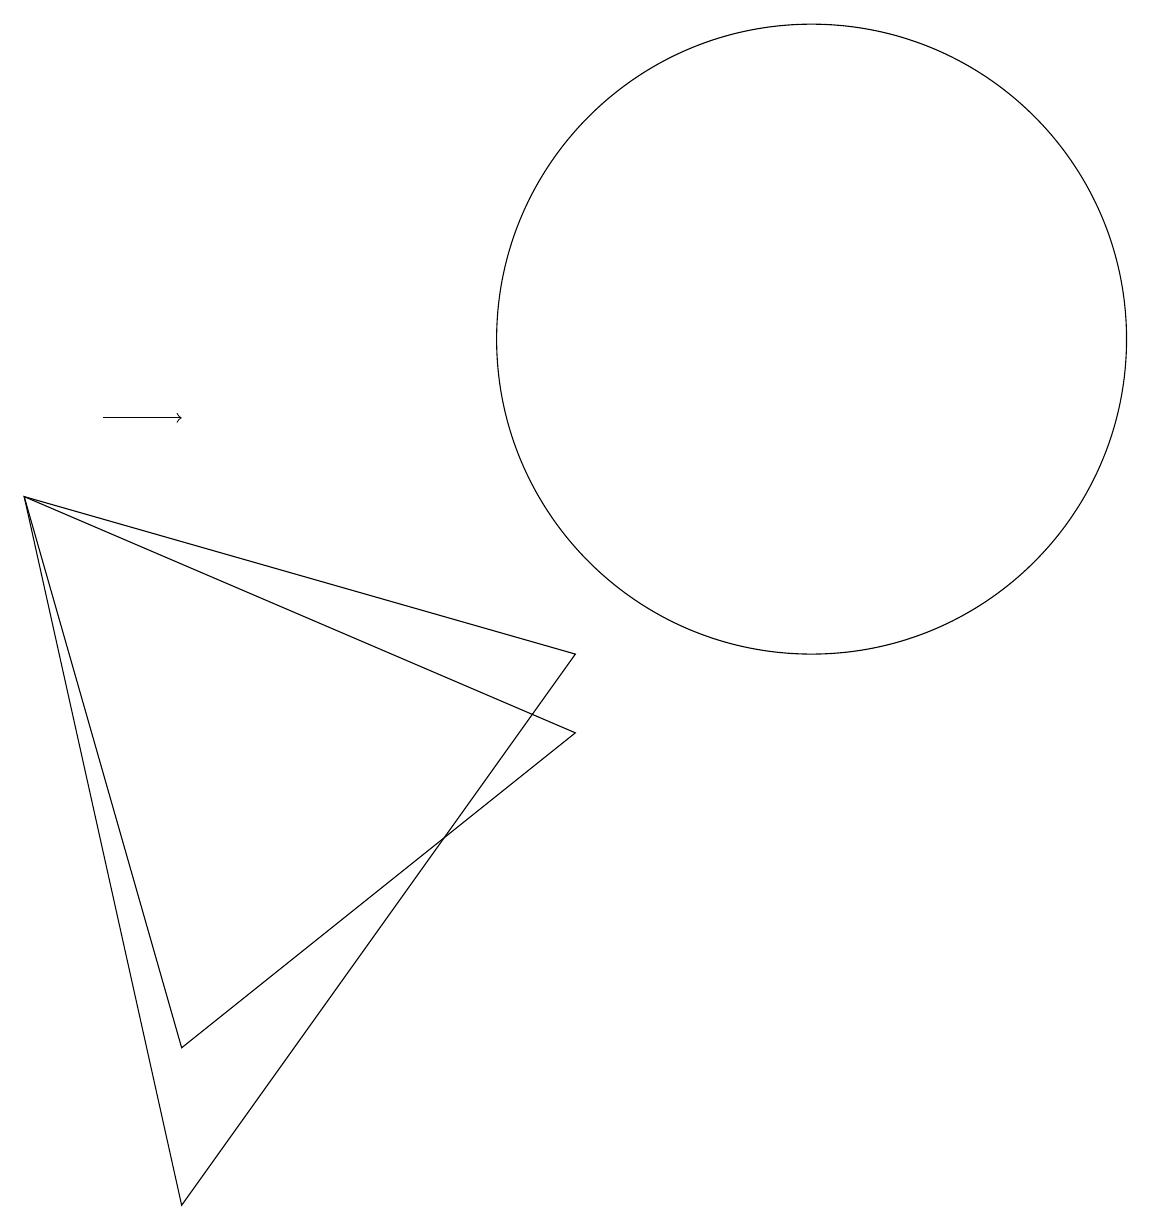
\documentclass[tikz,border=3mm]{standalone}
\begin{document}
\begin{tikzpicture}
\draw (8,6) -- (1,9) -- (3,2) -- cycle;
\draw[->] (2,10) -- (3,10);
\draw (8,7) -- (1,9) -- (3,0) -- cycle;
\draw (11,11) circle (4);
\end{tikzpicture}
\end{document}